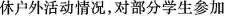
休户外活动情况，对部分学生参加